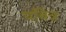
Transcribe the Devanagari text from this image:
पबित्र